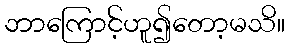
ဘာကြောင့်ဟူ၍တော့မသိ။